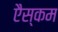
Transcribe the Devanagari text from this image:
एैस्कम